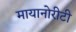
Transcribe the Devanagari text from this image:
मायानोरीटी